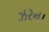
ઝરના